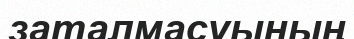
заталмасуының